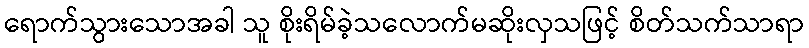
ရောက်သွားသောအခါ သူ စိုးရိမ်ခဲ့သလောက်မဆိုးလှသဖြင့် စိတ်သက်သာရာ